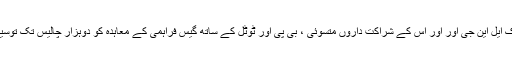
ابوظہبی نیشنل آئل کمپنی ادنوک نے ادنوک ایل این جی اور اور اس کے شراکت داروں متسوئی ، بی پی اور ٹوٹل کے ساتھ گیس فراہمی کے معاہدہ کو دوہزار چالیس تک توسیع دینے کی اصولی منظوری دے دی ہے۔